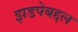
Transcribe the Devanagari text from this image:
झडपेबद्दल